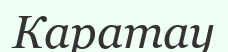
Каратау